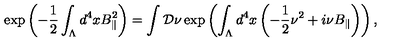
\exp \left( - \frac { 1 } { 2 } \int _ { \Lambda } d ^ { 4 } x B _ { \Vert } ^ { 2 } \right) = \int { \cal D } \nu \exp \left( \int _ { \Lambda } d ^ { 4 } x \left( - \frac { 1 } { 2 } \nu ^ { 2 } + i \nu B _ { \Vert } \right) \right) ,